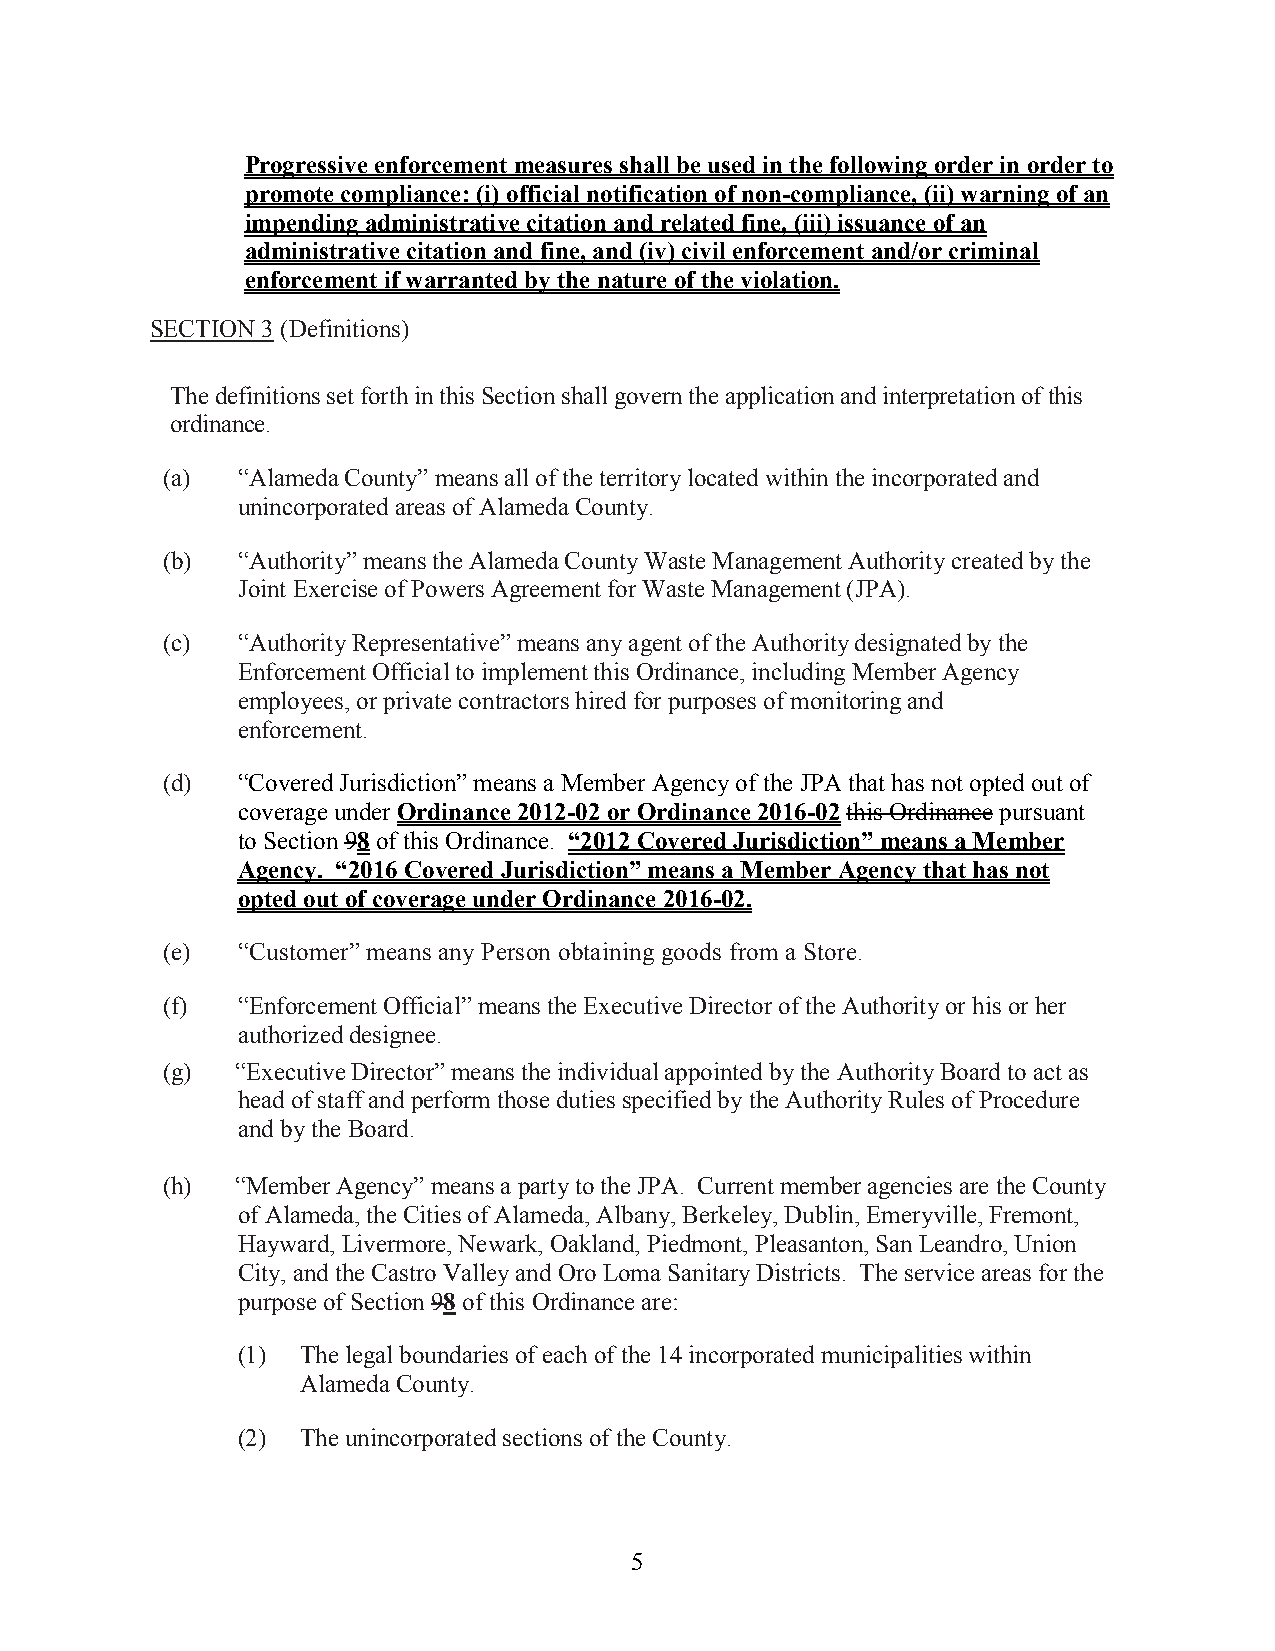
Progressive enforcement measures shall be used in the following order in order to
 promote compliance: (i) official notification of non-compliance, (ii) warning of an
 impending administrative citation and related fine, (iii) issuance of an
 administrative citation and fine, and (iv) civil enforcement and/or criminal
 enforcement if warranted by the nature of the violation.
 SECTION 3 (Definitions)
 The definitions set forth in this Section shall govern the application and interpretation of this
 ordinance.
 (a)  “Alameda County” means all of the territory located within the incorporated and
 unincorporated areas of Alameda County.
 (b)  “Authority” means the Alameda County Waste Management Authority created by the
 Joint Exercise of Powers Agreement for Waste Management (JPA).
 (c)  “Authority Representative” means any agent of the Authority designated by the
 Enforcement Official to implement this Ordinance, including Member Agency
 employees, or private contractors hired for purposes of monitoring and
 enforcement.
 (d)  “Covered Jurisdiction” means a Member Agency of the JPA that has not opted out of
 coverage under Ordinance 2012-02 or Ordinance 2016-02 this Ordinance pursuant
 to Section 98 of this Ordinance. “2012 Covered Jurisdiction” means a Member
 Agency. “2016 Covered Jurisdiction” means a Member Agency that has not
 opted out of coverage under Ordinance 2016-02.
 (e)  “Customer” means any Person obtaining goods from a Store.
 (f)  “Enforcement Official” means the Executive Director of the Authority or his or her
 authorized designee.
 (g)  “Executive Director” means the individual appointed by the Authority Board to act as
 head of staff and perform those duties specified by the Authority Rules of Procedure
 and by the Board.
 (h)  “Member Agency” means a party to the JPA. Current member agencies are the County
 of Alameda, the Cities of Alameda, Albany, Berkeley, Dublin, Emeryville, Fremont,
 Hayward, Livermore, Newark, Oakland, Piedmont, Pleasanton, San Leandro, Union
 City, and the Castro Valley and Oro Loma Sanitary Districts. The service areas for the
 purpose of Section 98 of this Ordinance are:
 (1) The legal boundaries of each of the 14 incorporated municipalities within
 Alameda County.
 (2) The unincorporated sections of the County.
 5